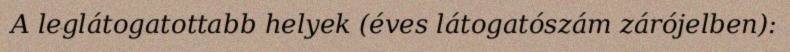
A leglátogatottabb helyek (éves látogatószám zárójelben):